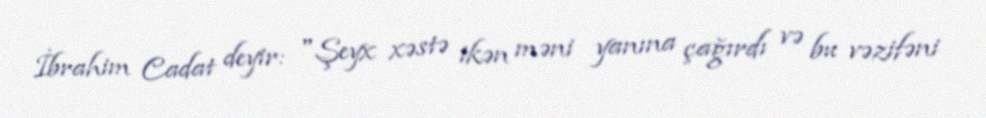
İbrahim Cadat deyir: "Şeyx xəstə ikən məni yanına çağırdı və bu vəzifəni